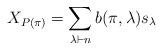
LaTeX: \begin{align*} X_{P(\pi)} = \sum_{\lambda \vdash n} b(\pi,\lambda) s_\lambda \end{align*}